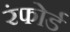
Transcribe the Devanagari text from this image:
रंफोर्ड